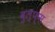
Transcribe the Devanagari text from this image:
वुल्फ्स